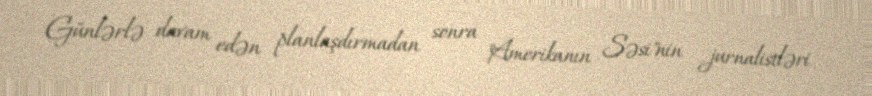
Günlərlə davam edən planlaşdırmadan sonra "Amerikanın Səsi"nin jurnalistləri